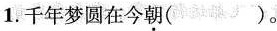
1.千年梦圆在今朝()。